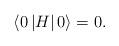
LaTeX: \begin{align*}\left\langle 0 \left | H \right| 0 \right\rangle = 0.\end{align*}